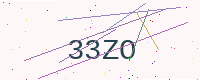
Text: 33ZO